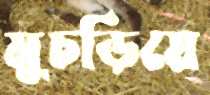
মুচড়িয়ে